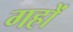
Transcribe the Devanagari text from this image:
गहों